Sketch of the medical history of the native army of Bombay, for the year
Year: 1876
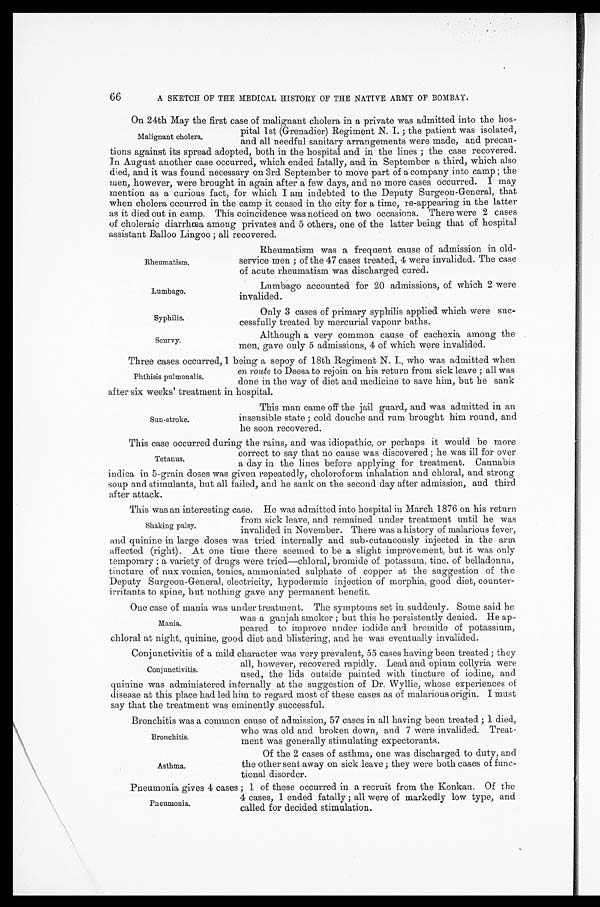
Rheumatism.
Lumbago.
Syphilis.
Scurvy.
66
A SKETCH OF THE MEDICAL HISTORY OF THE NATIVE ARMY OF BOMBAY.
On 24th May the first case of malignant cholera in a private was admitted into the hos
-
pital 1st (Grenadier) Regiment N. I.; the patient was isolated,
and all needful sanitary arrangements were made, and precau
-
tions against its spread adopted, both in the hospital and in the lines; the case recovered.
In August another case occurred, which ended fatally, and in September a third, which also
died, and it was found necessary on 3rd September to move part of a company into camp; the
men, however, were brought in again after a few days, and no more cases occurred. I may
mention as a curious fact, for which I am indebted to the Deputy Surgeon-General, that
when cholera occurred in the camp it ceased in the city for a time, re-appearing in the latter
as it died out in camp. This coincidence was noticed on two occasions. There were 2 cases
of choleraic diarrhœa among privates and 5 others, one of the latter being that of hospital
assistant Balloo Lingoo; all recovered.
Malignant cholera.
Rheumatism was a frequent cause of admission in old
-
service men; of the 47 cases treated, 4 were invalided. The case
of acute rheumatism was discharged cured.
Lumbago accounted for 20 admissions, of which 2 were
invalided.
Only 3 cases of primary syphilis applied which were suc
-
cessfully treated by mercurial vapour baths.
Although a very common cause of cachexia among the
men, gave only 5 admissions, 4 of which were invalided.
Three cases occurred, 1 being a sepoy of 18th Regiment N. I., who was admitted when
en route to Deesa to rejoin on his return from sick leave; all was
done in the way of diet and medicine to save him, but he sank
after six weeks' treatment in hospital.
Phthisis pulmonalis.
Sun-stroke.
This man came off the jail guard, and was admitted in an
insensible state; cold douche and rum brought him round, and
he soon recovered.
This case occurred during the rains, and was idiopathic, or perhaps it would be more
correct to say that no cause was discovered; he was ill for over
a day in the lines before applying for treatment. Cannabis
indica in 5-grain doses was given repeatedly, choloroform inhalation and chloral, and strong
soup and stimulants, but all failed, and he sank on the second day after admission, and third
after attack.
This was an interesting case. He was admitted into hospital in March 1876 on his return
from sick leave, and remained under treatment until he was
invalided in November. There was a history of malarious fever,
and quinine in large doses was tried internally and sub-cutaneously injected in the arm
affected (right). At one time there seemed to be a slight improvement, but it was only
temporary; a variety of drugs were tried—chloral, bromide of potassum, tinc. of belladonna,
tincture of nux vomica, tonics, ammoniated sulphate of copper at the suggestion of the
Deputy Surgeon-General, electricity, hypodermic injection of morphia, good diet, counter
-
irritants to spine, but nothing gave any permanent benefit.
One case of mania was under treatment. The symptoms set in suddenly. Some said he
was a ganjah smoker; but this he persistently denied. He ap
-
peared to improve under iodide and bromide of potassium,
chloral at night, quinine, good diet and blistering, and he was eventually invalided.
Conjunctivitis of a mild character was very prevalent, 55 cases having been treated; they
all, however, recovered rapidly. Lead and opium collyria were
used, the lids outside painted with. tincture of iodine, and
quinine was administered internally at the suggestion of Dr. Wylie, whose experiences of
disease at this place had led him to regard most of these cases as of malarious origin. I must
say that the treatment was eminently successful.
Bronchitis was a common cause of admission, 57 cases in all having been treated; 1 died,
who was old and broken down, and 7 were invalided. Treat
-
ment was generally stimulating expectorants.
Tetanus.
Shaking palsy.
Mania.
Conjunctivitis.
Bronchitis.
Asthma.
Of the 2 cases of asthma, one was discharged to duty, and
the other sent away on sick leave; they were both cases of func
-
tional disorder.
Pneumonia gives 4 cases; 1 of these occurred in a recruit from the Konkan. Of the
4 cases, 1 ended fatally; all were of markedly low type, and
called for decided stimulation.
Pneumonia.